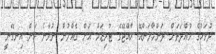
ދުވަހުގެ މުއްދަތަށް ދަންމާލަންއޭ ރާއްޖޭގެ ޓޫރިޒަމް އަށް ގެއްލުން ނުވާނެ ކަން އިނގޭނީ